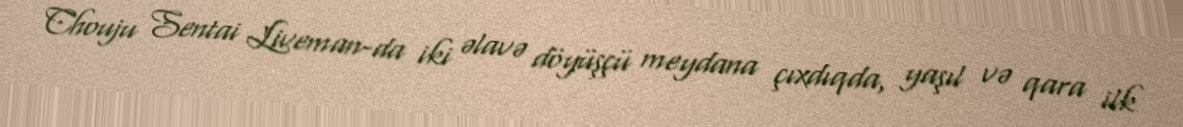
Chouju Sentai Liveman-da iki əlavə döyüşçü meydana çıxdıqda, yaşıl və qara ilk